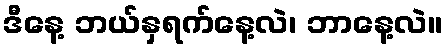
ဒီနေ့ ဘယ်နှရက်နေ့လဲ၊ ဘာနေ့လဲ။